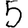
Digit: 5